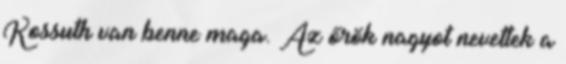
Kossuth van benne maga. Az őrök nagyot nevettek a